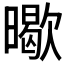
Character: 𭧸